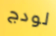
لودج